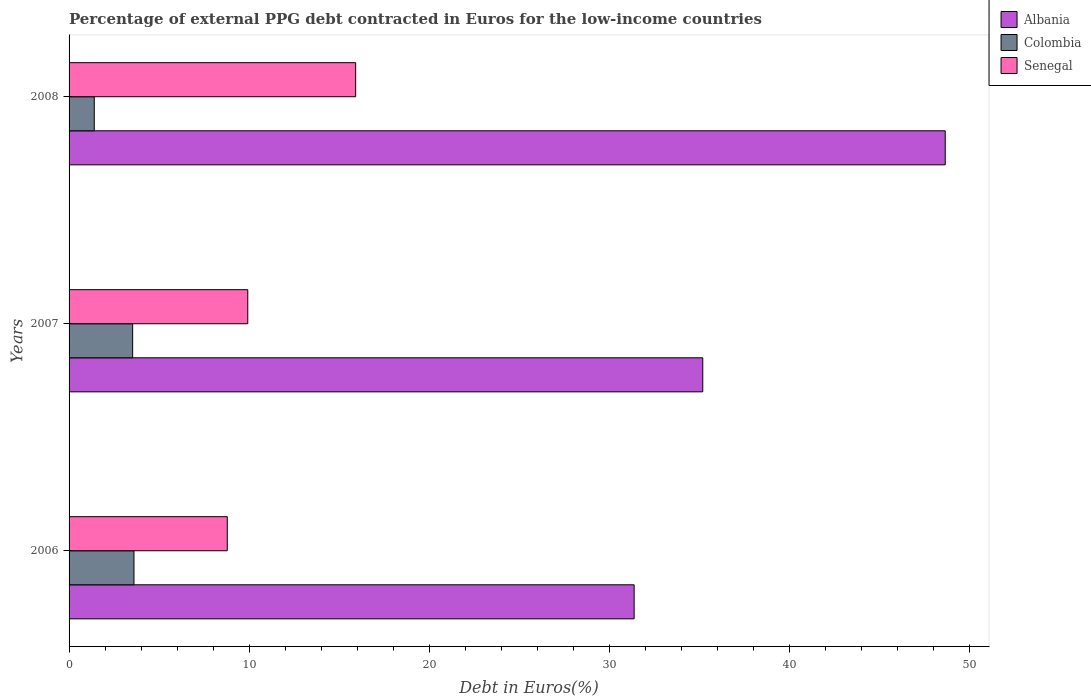
| Years | Albania | Colombia | Senegal |
 | --- | --- | --- | --- |
 | 2006 | 31.4 | 3.6 | 8.78 |
 | 2007 | 35.2 | 3.53 | 9.92 |
 | 2008 | 48.6 | 1.4 | 15.9 |